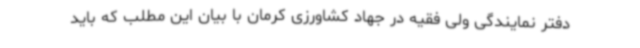
دفتر نمایندگی ولی فقیه در جهاد کشاورزی کرمان با بیان این مطلب که باید